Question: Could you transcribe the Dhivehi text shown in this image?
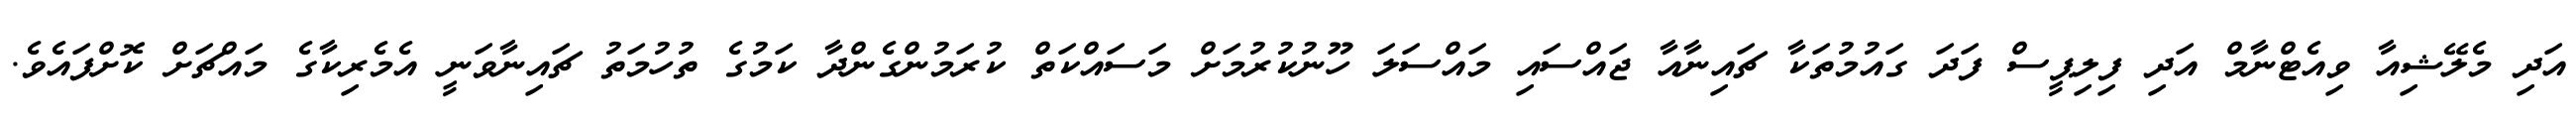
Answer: އަދި މެލޭޝިއާ ވިއެޓްނާމް އަދި ފިލިޕީސް ފަދަ ގައުމުތަކާ ޗައިނާއާ ޖައްސައި މައްސަލަ ހޫނުކުރުމަށް މަސައްކަތް ކުރަމުންގެންދާ ކަމުގެ ތުހުމަތު ޗައިނާވަނީ އެމެރިކާގެ މައްޗަށް ކޮށްފައެވެ.